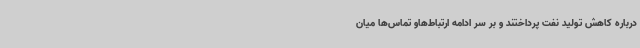
درباره کاهش تولید نفت پرداختند و بر سر ادامه ارتباط‌هاو تماس‌ها میان